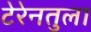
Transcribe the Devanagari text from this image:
टेरेनतुला